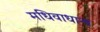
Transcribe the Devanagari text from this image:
मधिवाधान्य